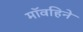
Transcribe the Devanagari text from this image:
मॉवहिने